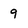
Character: 9